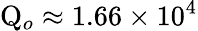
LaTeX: \mathrm{Q}_{o}\approx 1.66\times 10^{4}